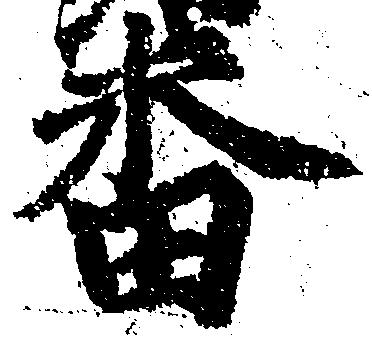
番